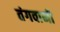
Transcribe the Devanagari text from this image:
तंगवानी